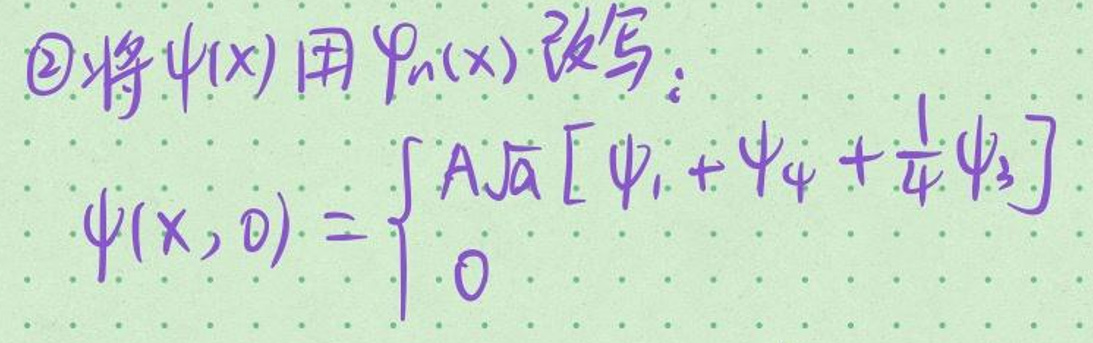
\textcircled{2}将\(\psi(x)\)用\(\varphi_n(x)\)改写：

\[
\psi(x,0) = \begin{cases}
A\sqrt{a}[\varphi_1+\varphi_4+\frac{1}{4}\varphi_3] & 0
\end{cases}
\]